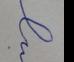
Signature authenticity: forged